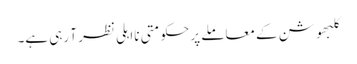
کلبھوشن کے معاملے پر حکومتی نااہلی نظر آ رہی ہے۔